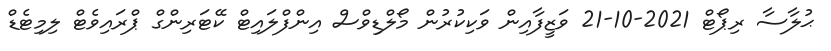
ޙުލާސާ ރިޕޯޓް 2021-10-21 ވަޒީފާއިން ވަކިކުރުން މޯލްޑިވްސް އިންފްލައިޓް ކޭޓަރިންގް ޕްރައިވެޓް ލިމިޓެޑް